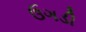
ઉગડી